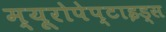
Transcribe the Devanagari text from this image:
म्यूरोपेप्टाइड्स